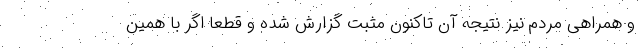
و همراهی مردم نیز نتیجه آن تاکنون مثبت گزارش شده و قطعاً اگر با همین